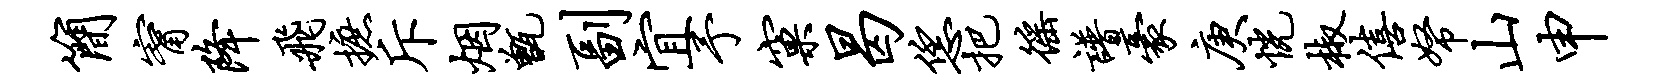
简甯降飞摭斥烟甑副宜予窠曷恁把徭谱豪庚恍椒僖帑山申